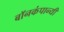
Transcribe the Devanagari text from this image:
बॉनकंपान्यी